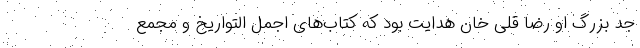
جد بزرگ او رضا قلی خان هدایت بود که کتاب‌های اجمل التواریخ و مجمع